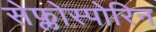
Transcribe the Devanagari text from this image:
सेफ्लोस्पोरिन